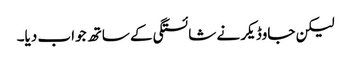
لیکن جاوڈیکر نے شائستگی کے ساتھ جواب دیا۔